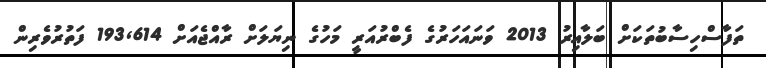
ތަފާސްހިސާބުތަކަށް ބަލާއިރު 2013 ވަނައަހަރުގެ ފެބްރުއަރީ މަހުގެ ނިޔަލަށް ރާއްޖެއަށް 193